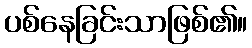
ပစ်နေခြင်းသာဖြစ်၏။